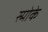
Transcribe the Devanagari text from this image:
स्मोके